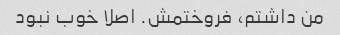
من داشتم، فروختمش. اصلا خوب نبود